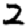
Digit: 2